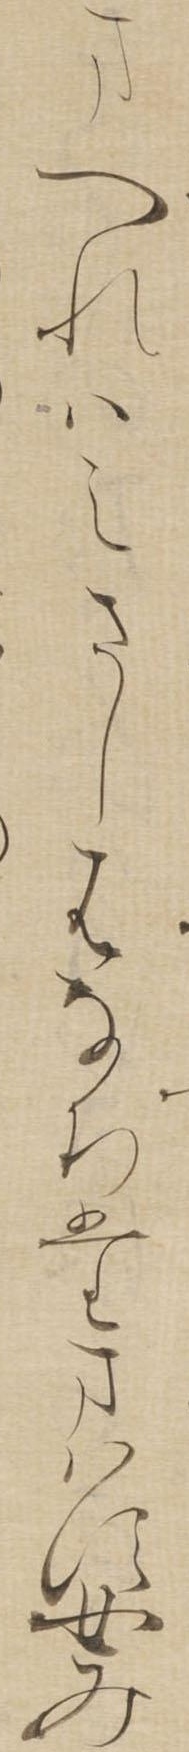
まへれはえさしはなちたまはす女み